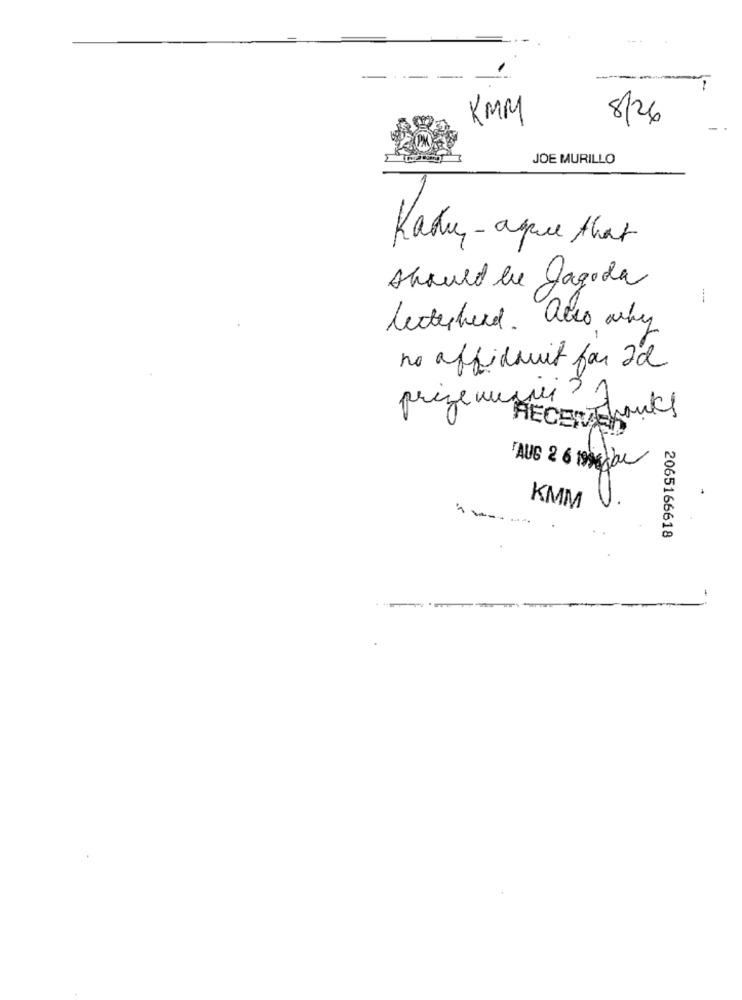
KMM
8/26
JOE MURILLO
Kaku - aque that
should be Jagoda
leterhead. also why
no affidamento for 2d
prezemegne?
RECENThanks
AUG 2 6 96che
KMM
2065166618
------